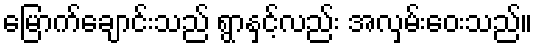
မြောက်ချောင်းသည် ရွာနှင့်လည်း အလှမ်းဝေးသည်။